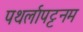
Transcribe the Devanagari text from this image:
पथर्लापट्टनम